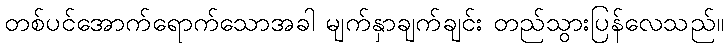
တစ်ပင်အောက်ရောက်သောအခါ မျက်နှာချက်ချင်း တည်သွားပြန်လေသည်။